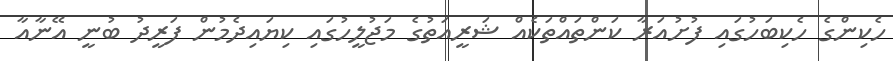
ހެކިންގެ ހެކިބަހުގައި ފުށުއަރާ ކަންތައްތަކެއް ޝަރީއަތުގެ މަޖުލީހުގައި ކިޔައިދެމުން ފަރީދު ބުނީ އޭނާއާ